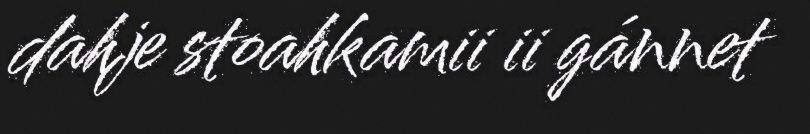
dahje stoahkamii ii gánnet